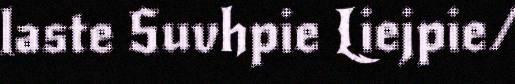
laste Suvhpie Liejpie/